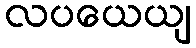
လပယေယျ